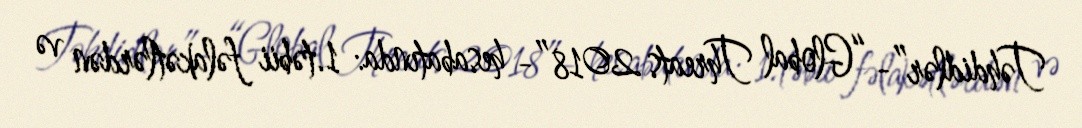
Təhdidlər”- “Global Threats 2018”- hesabatında: 1.təbii fəlakətlərdən və